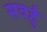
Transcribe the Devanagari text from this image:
सदर्हु